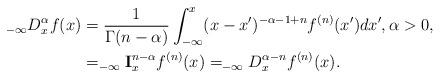
LaTeX: \begin{align*}_{-\infty}D_{x}^{\alpha}f(x) & =\frac{1}{\Gamma(n-\alpha)}\int_{-\infty}^{x}(x-x^{\prime})^{-\alpha-1+n}f^{(n)}(x^{\prime})dx^{\prime},\alpha>0,\\& =_{-\infty}\mathbf{I}_{x}^{n-\alpha}f^{(n)}(x)=_{-\infty}D_{x}^{\alpha-n}f^{(n)}(x).\end{align*}